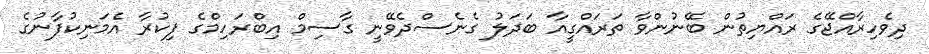
ދިވެހިރާއްޖޭގެ ރައްޔިތުން ބޭނުންވާ ތަރައްގީއާ ބަދަލު ގެނެސްދެވޭނީ ގާސިމް އިބްރަހިމްގެ ފިކުރާ އެމަނިކުފާނުގެ